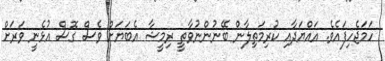
ހަމަޖެހިފައެވެ. އައްޔަދާއި ކުރިމަތިލާން ބޭނުންނުވާތީ ރިމީޝާ އެބަޔަށް ވެސް ގޮސް އުޅެނީ ވަރަށް